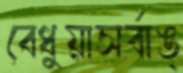
বেধুয়াসর্বাঙ্